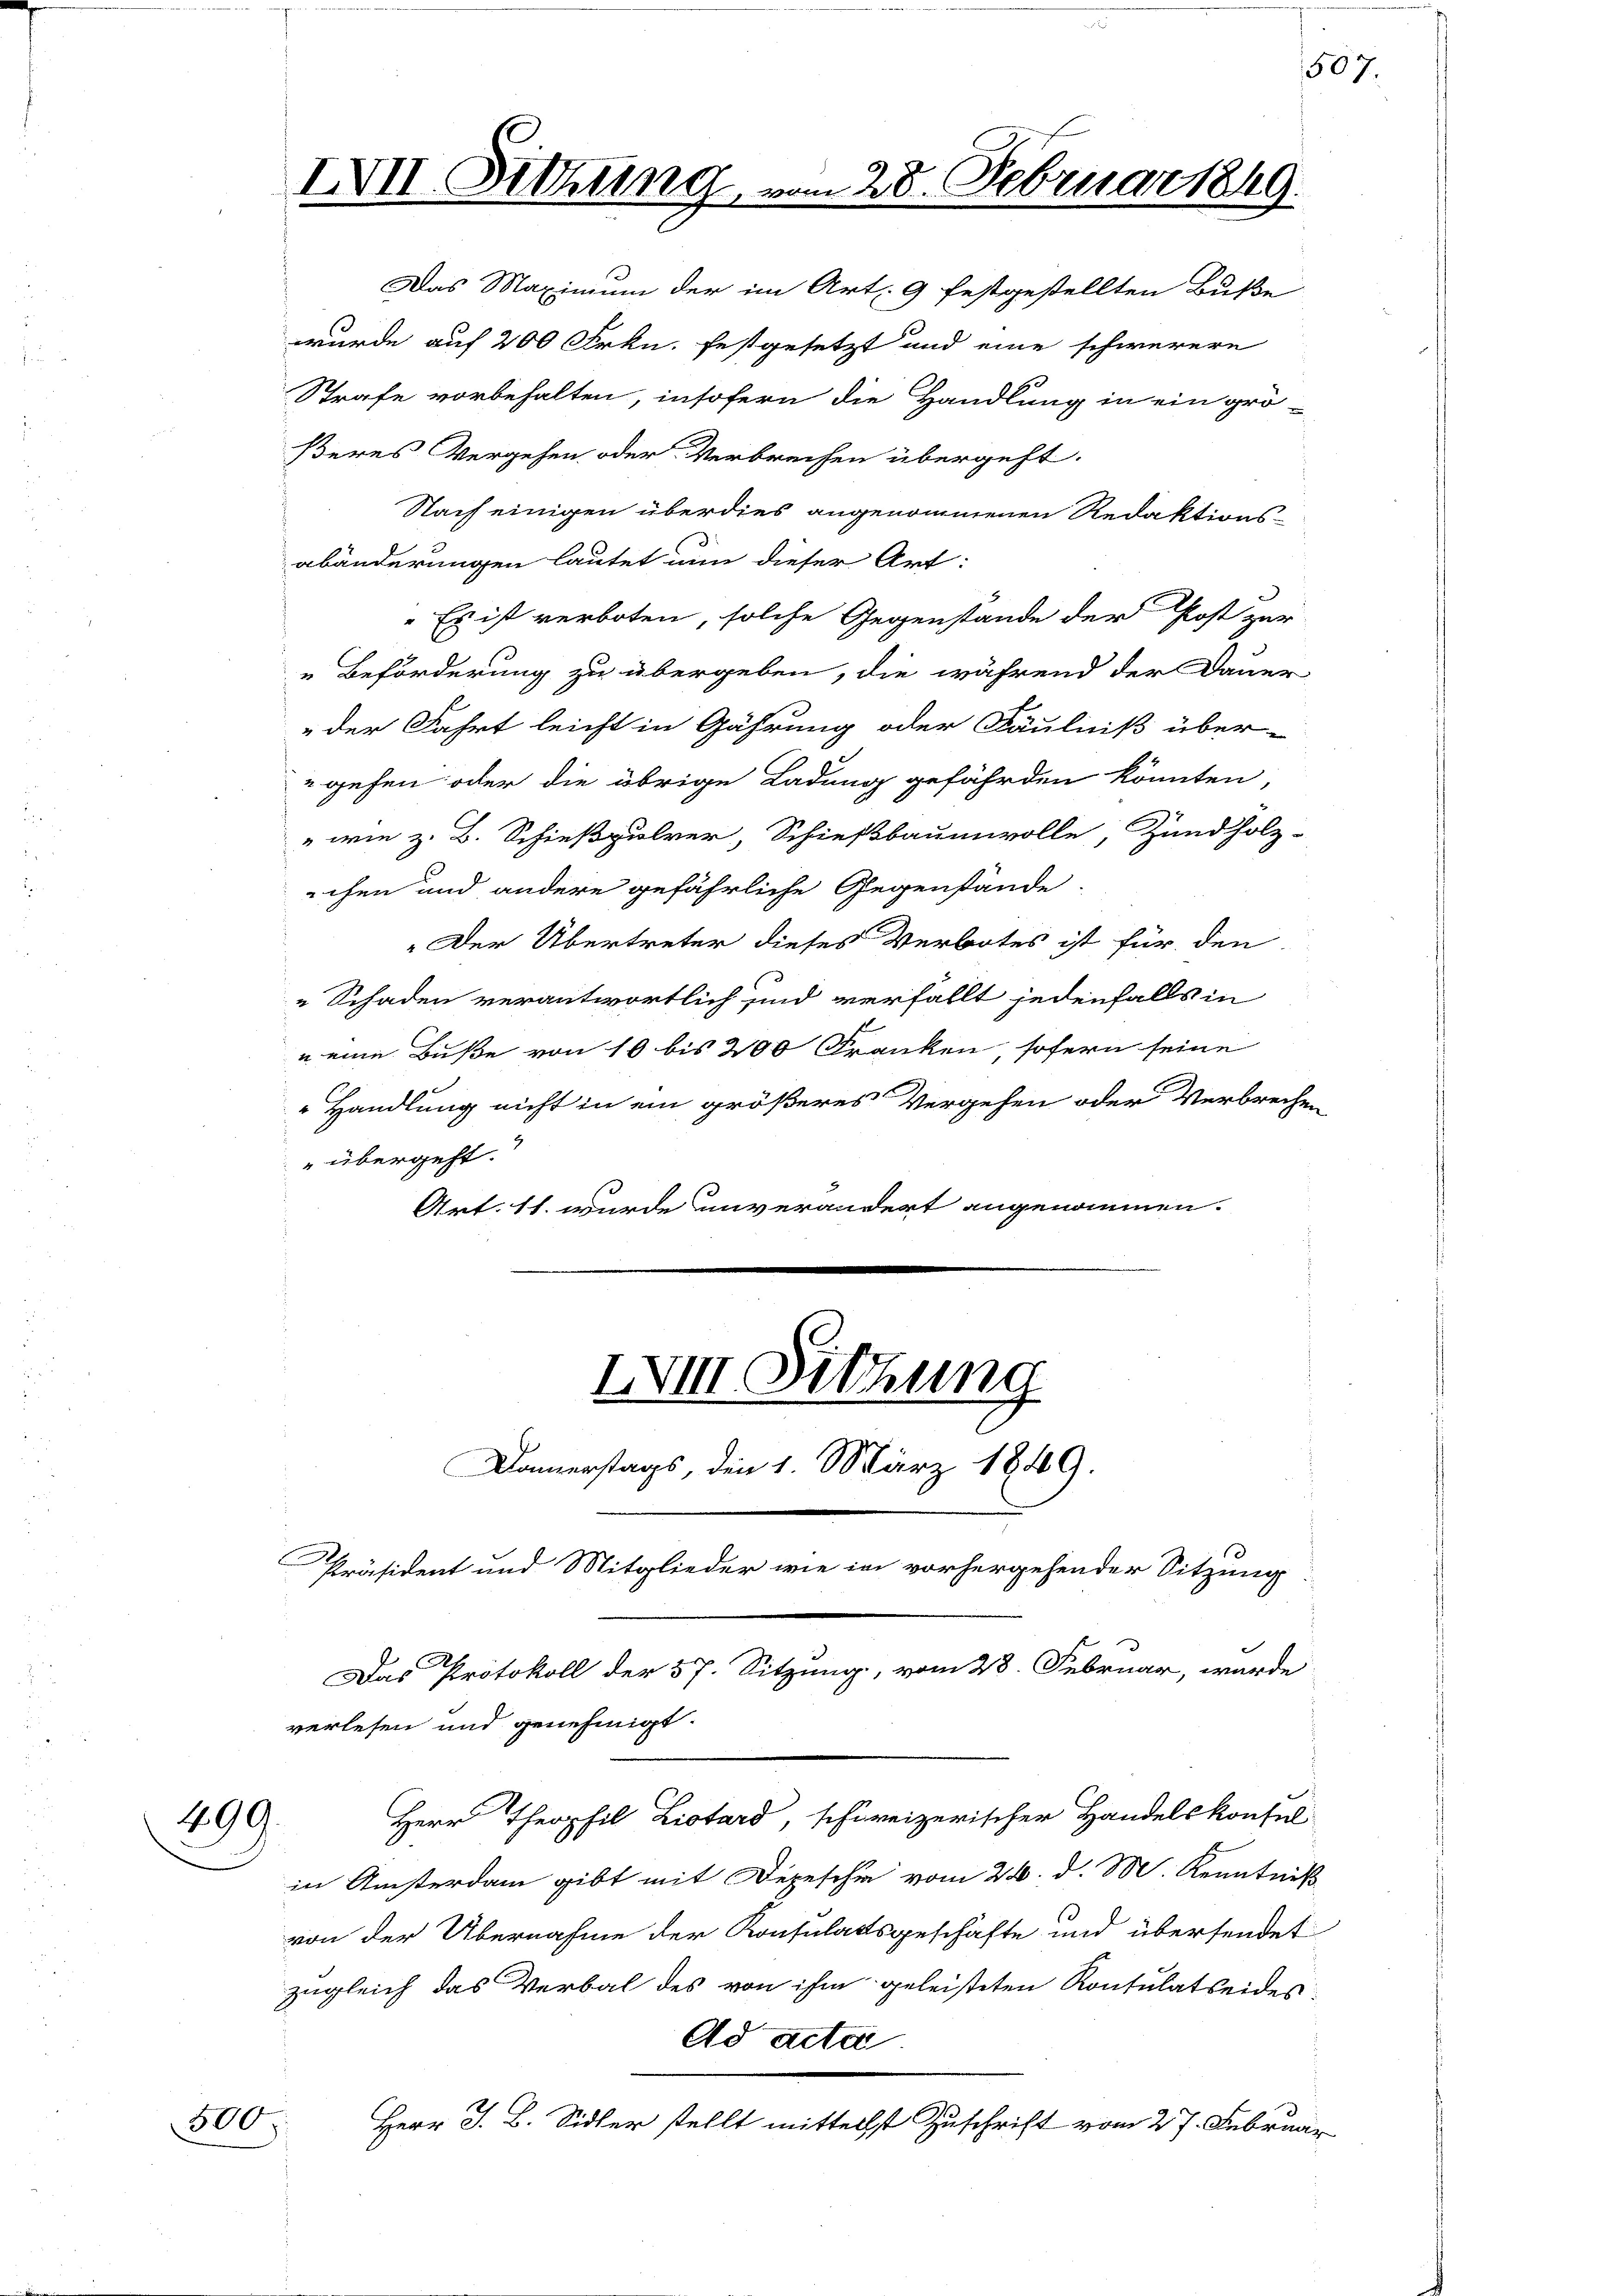
499.

300.

IVII. Sitzung

28. Februar 1849.

Das Maximum der im Art. 9 festgestellten Buße
wurde auf 200 Frkn. festgesetzt und eine schwerere
Strafe vorbehalten, insofern die Handlung in ein grö-
ßeres Vergehen oder Verbrechen übergeht.
Nach einigen überdies angenommenen Redaktions-
abänderungen lautet nun dieser Art:
"Es ist verboten, solche Gegenstände der Post zur
Beförderung zu übergeben, die während der Dauer
der Fahrt leicht in Gährung oder Fäulniß über-
" gehen oder die übrige Ladung gefährden könnten,
" wie z. B. Schießpulver, Schießbaumwolle, Zündholz-
echen und andere gefährliche Gegenstände,
Der Übertreter dieses Verbotes ist für den
„Schaden verantwortlich sind verfällt jedenfalls in
u eine Buße von 10 bis 200 Franken, sofern seine
Handlung nicht in ein größeres Vergehen oder Verbrechen
" übergeht.
Art. 11. wurde unverändert angenommen.
IVII Sitzung
Donnerstags, den 1. März 1849.
Präsident und Mitglieder wie in vorhergehender Sitzung
2
Das Protokoll der 57. Sitzung, vom 28. Februar, wurde
verlesen und genehmigt.
Herr Theophil Listard, schweizerischer Handelskonsul
in Ansterdam gibt mit Depesche vom 26. d. M. Kenntniß
von der Übernahme der Konsulatsgeschäfte und übersendet
zugleich das Verbal des von ihm geleisteten Konsulatseides
Ad acta
Herr J. B. Sidler stellt mittelst Zuschrift vom 27. Februar

507.